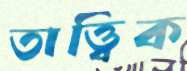
তাত্ত্বিক